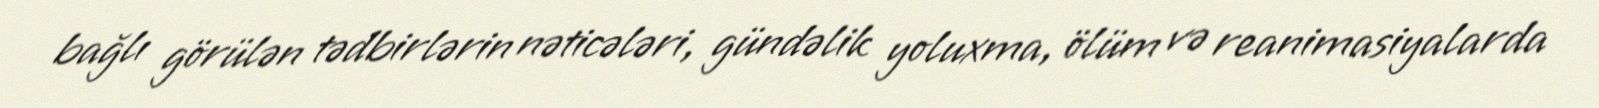
bağlı görülən tədbirlərin nəticələri, gündəlik yoluxma, ölüm və reanimasiyalarda